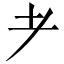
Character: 耂